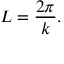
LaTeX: L = { \frac { 2 \pi } { k } } .